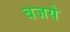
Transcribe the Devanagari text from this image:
बजये